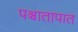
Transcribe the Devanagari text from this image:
पश्र्चातापात